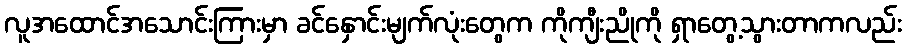
လူအထောင်အသောင်းကြားမှာ ခင်နှောင်းမျက်လုံးတွေက ကိုကျီးညိုကို ရှာတွေ့သွားတာကလည်း